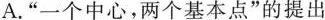
A.”一个中心，两个基本点”的提出